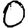
Digit: 0